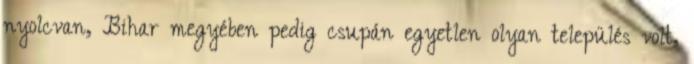
nyolcvan, Bihar megyében pedig csupán egyetlen olyan település volt,